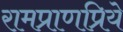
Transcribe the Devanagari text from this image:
रामप्राणप्रिये